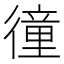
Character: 徸